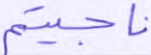
ناجيتم